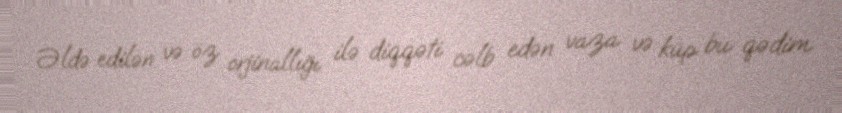
Əldə edilən və öz orjinallığı ilə diqqəti cəlb edən vaza və küp bu qədim